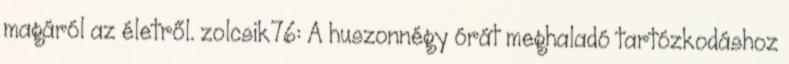
magáról az életről. zolcsik76: A huszonnégy órát meghaladó tartózkodáshoz